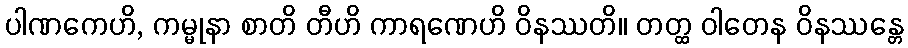
ပါဏကေဟိ, ကမ္မုနာ စာတိ တီဟိ ကာရဏေဟိ ဝိနဿတိ။ တတ္ထ ဝါတေန ဝိနဿန္တေ